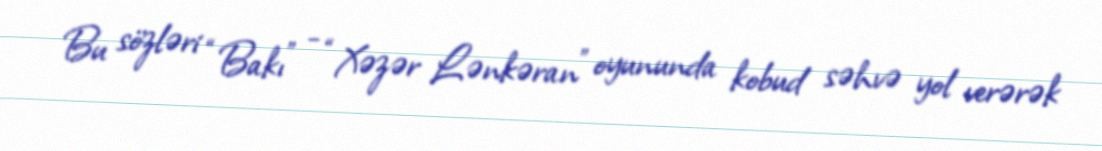
Bu sözləri “Bakı” - “Xəzər Lənkəran” oyununda kobud səhvə yol verərək